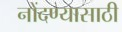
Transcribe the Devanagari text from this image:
नोंदण्यासाठी